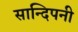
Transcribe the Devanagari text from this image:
सान्दिपनी